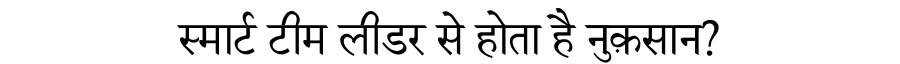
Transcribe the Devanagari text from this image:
स्मार्ट टीम लीडर से होता है नुक़सान?